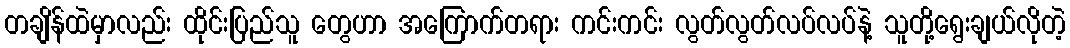
တချိန်ထဲမှာလည်း ထိုင်းပြည်သူ တွေဟာ အကြောက်တရား ကင်းကင်း လွတ်လွတ်လပ်လပ်နဲ့ သူတို့ရွေးချယ်လိုတဲ့